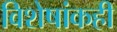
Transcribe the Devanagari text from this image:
विशेषांकही